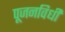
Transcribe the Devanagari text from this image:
पूजनविधी